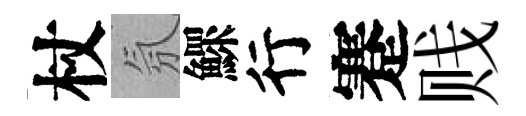
杖氛鰥行蹇贱